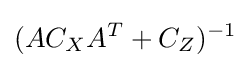
(AC_{X}A^{T}+C_{Z})^{-1}